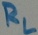
Text: RL